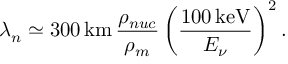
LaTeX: \lambda _ { n } \simeq 3 0 0 \, \mathrm { k m } \, \frac { \rho _ { n u c } } { \rho _ { m } } \left( \frac { 1 0 0 \, \mathrm { k e V } } { E _ { \nu } } \right) ^ { 2 } .